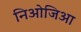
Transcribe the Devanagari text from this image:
निओजिआ